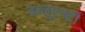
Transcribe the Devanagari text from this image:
डब्लूएनटी